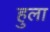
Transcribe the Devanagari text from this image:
हुला